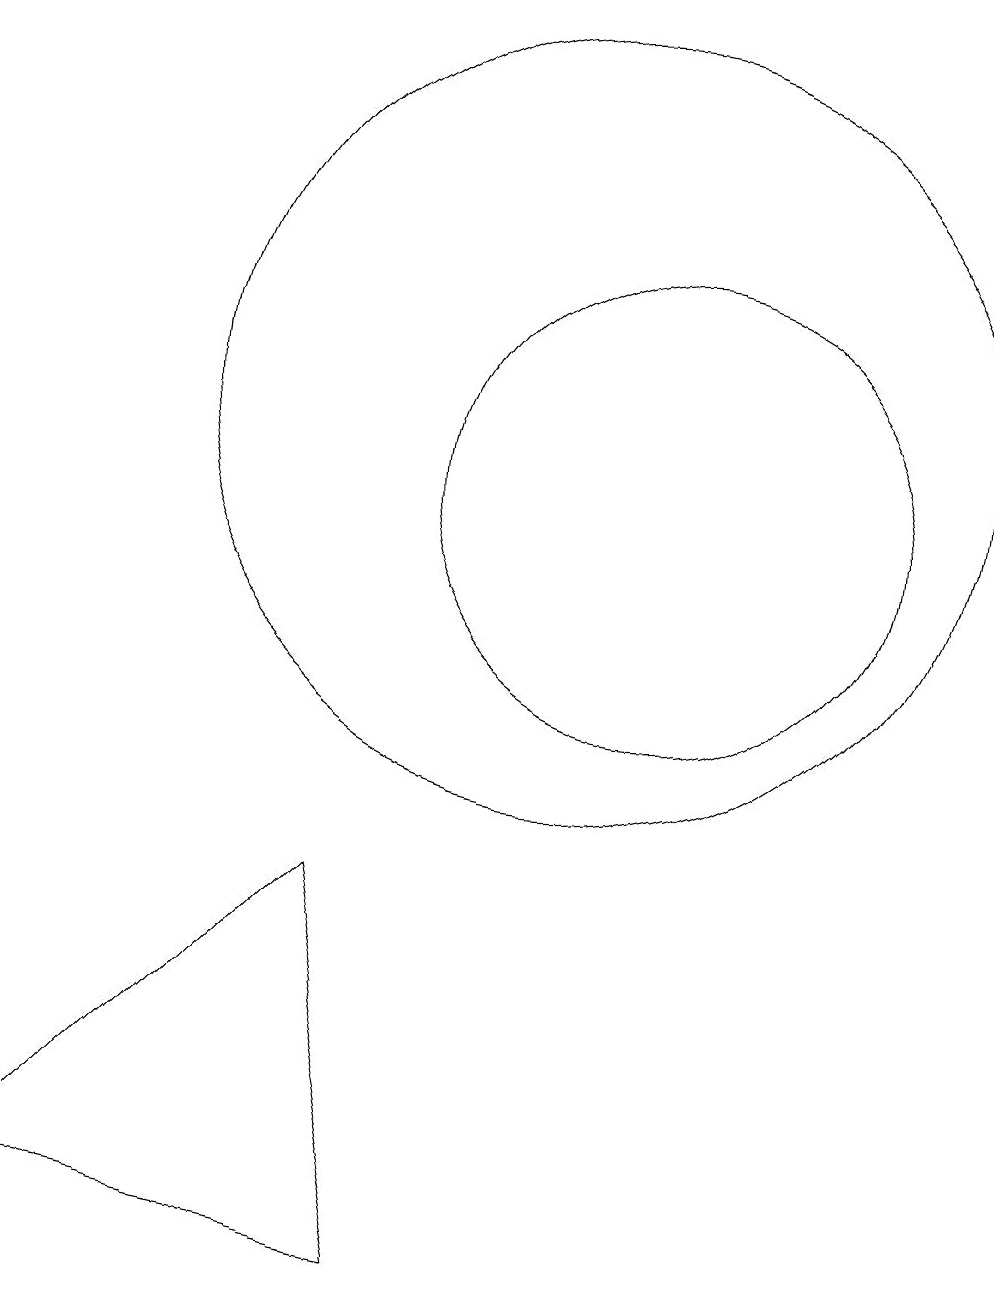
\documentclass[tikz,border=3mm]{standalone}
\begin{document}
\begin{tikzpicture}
\draw (3,1) -- (7,5) -- (8,0) -- cycle;
\draw (10,11) circle (5);
\draw (11,10) circle (3);
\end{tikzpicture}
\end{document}